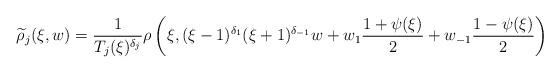
LaTeX: \begin{align*}\widetilde{\rho}_j(\xi,w)=\frac{1}{T_j(\xi)^{\delta_j}} \rho\left(\xi,(\xi-1)^{\delta_1} (\xi+1)^{\delta_{-1}}w+ w_1 \frac{1+\psi(\xi)}{2}+ w_{-1} \frac{1-\psi(\xi)}{2}\right)\end{align*}